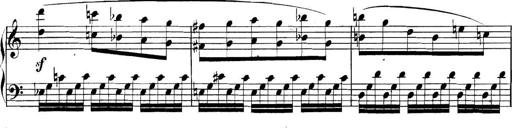
Title: Collected Piano Sonatas
Composer: Muzio Clementi